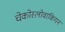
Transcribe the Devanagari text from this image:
चेकोस्लोवाकियन